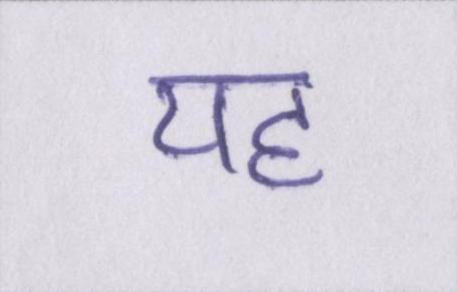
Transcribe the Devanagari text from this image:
यह